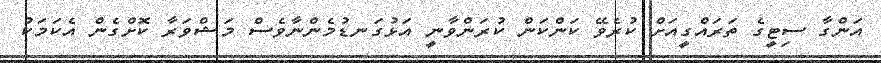
އަންގާ ސިޓީގެ ތަރައްގީއަށް ކުރެވޭ ކަންކަން ކުރަންވާނީ އަޅުގަނޑުމެންނާވެސް މަޝްވަރާ ކޮށްގެން އެކަމަކު